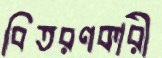
বিতরণকারী